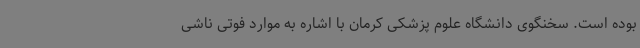
بوده است. سخنگوی دانشگاه علوم پزشکی کرمان با اشاره به موارد فوتی ناشی